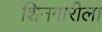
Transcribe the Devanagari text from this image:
शिनगारीला